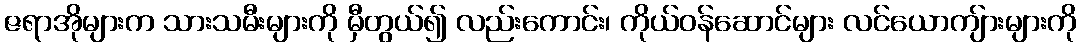
ဇရာအိုများက သားသမီးများကို မှီတွယ်၍ လည်းကောင်း၊ ကိုယ်ဝန်ဆောင်များ လင်ယောကျ်ားများကို